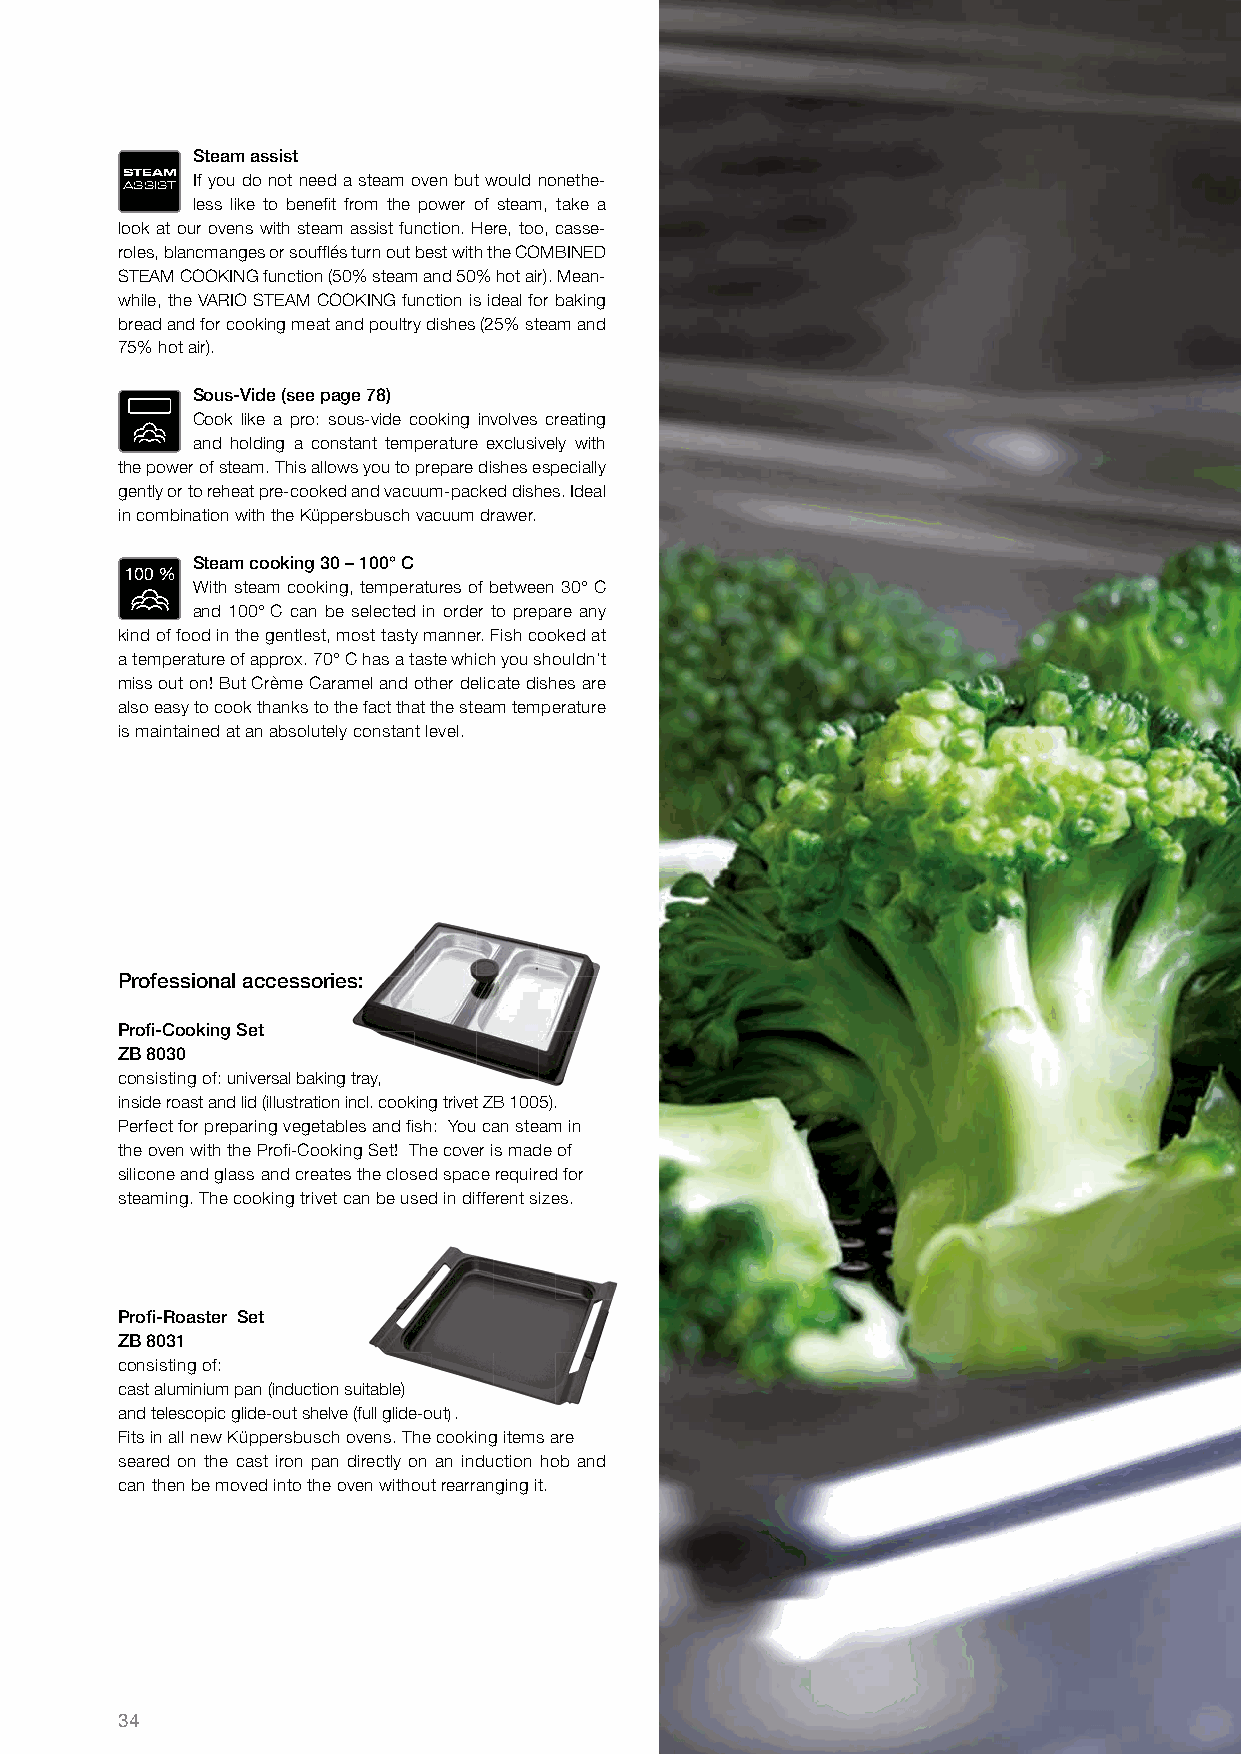
Steam assist
 STEAM If you do not need a steam oven but would nonethe-
 ASSIST
 less like to benefi t from the power of steam, take a
 look at our ovens with steam assist function. Here, too, casse-
 roles, blancmanges or souffl és turn out best with the COMBINED
 STEAM COOKING function (50% steam and 50% hot air). Mean-
 while, the VARIO STEAM COOKING function is ideal for baking
 bread and for cooking meat and poultry dishes (25% steam and
 75% hot air).
 Sous-Vide (see page 78)
 Cook like a pro: sous-vide cooking involves creating
 and holding a constant temperature exclusively with
 the power of steam. This allows you to prepare dishes especially
 gently or to reheat pre-cooked and vacuum-packed dishes. Ideal
 in combination with the Küppersbusch vacuum drawer.
 Steam cooking 30 – 100° C
 With steam cooking, temperatures of between 30° C
 and 100° C can be selected in order to prepare any
 kind of food in the gentlest, most tasty manner. Fish cooked at
 a temperature of approx. 70° C has a taste which you shouldn’t
 miss out on! But Crème Caramel and other delicate dishes are
 also easy to cook thanks to the fact that the steam temperature
 is maintained at an absolutely constant level.
 Professional accessories:
 Profi -Cooking Set
 ZB 8030
 consisting of: universal baking tray,
 inside roast and lid (illustration incl. cooking trivet ZB 1005).
 Perfect for preparing vegetables and fi sh: You can steam in
 the oven with the Profi -Cooking Set! The cover is made of
 silicone and glass and creates the closed space required for
 steaming. The cooking trivet can be used in different sizes.
 Profi -Roaster Set
 ZB 8031
 consisting of:
 cast aluminium pan (induction suitable)
 and telescopic glide-out shelve (full glide-out) .
 Fits in all new Küppersbusch ovens. The cooking items are
 seared on the cast iron pan directly on an induction hob and
 can then be moved into the oven without rearranging it.
 34